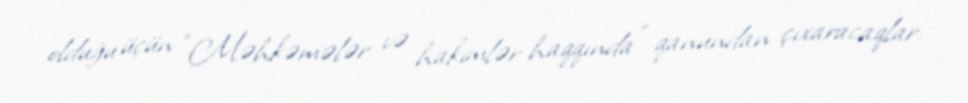
olduğu üçün “Məhkəmələr və hakimlər haqqında” qanundan çıxaracaqlar.